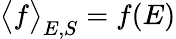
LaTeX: \big<f\big>_{E,S}=f(E)